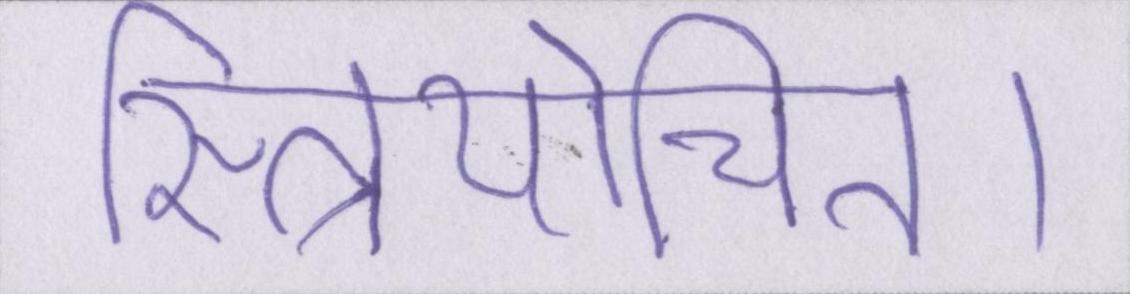
स्त्रियोचित।